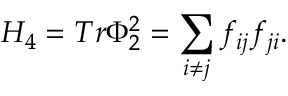
H _ { 4 } = T r \Phi _ { 2 } ^ { 2 } = \sum _ { i \neq j } f _ { i j } f _ { j i } .